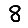
Digit: 8